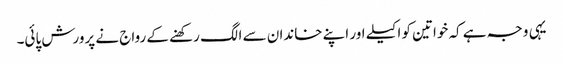
یہی وجہ ہے کہ خواتین کو اکیلے اور اپنے خاندان سے الگ رکھنے کے رواج نے پرورش پائی۔